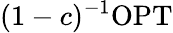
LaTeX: (1-c)^{-1}\mathrm{OPT}